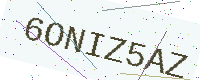
Text: 6ONIZ5AZ